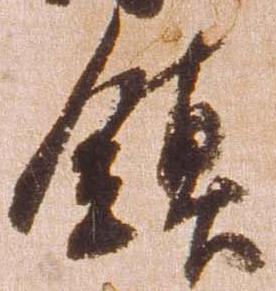
鎮